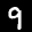
Label: 9